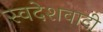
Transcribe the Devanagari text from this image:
स्वदेशवादी